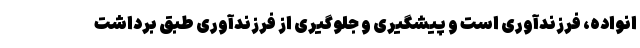
انواده، فرزندآوری است و پیشگیری و جلوگیری از فرزندآوری طبق برداشت